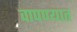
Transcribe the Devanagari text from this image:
वापण्यात